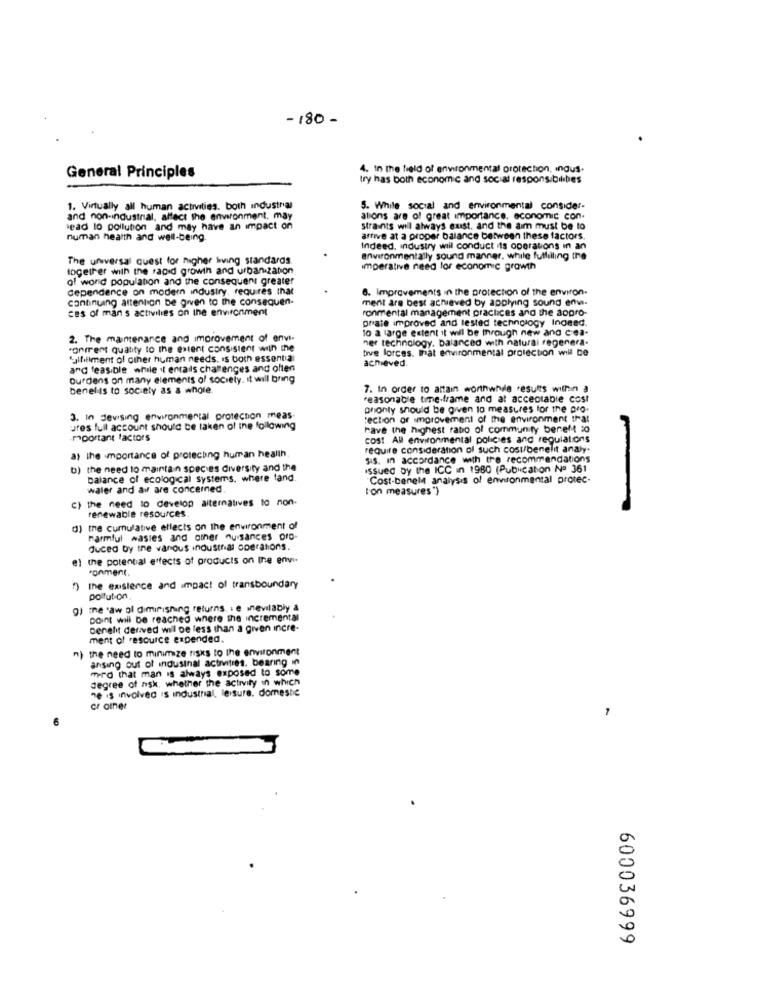
-180 -
4. In the field of environmental protection, indus-
General Principles
try has both economic and social responsibilbes
1. Virtually all human activities. both industrial
5. While social and environmental consider.
and non-industrial, affect the environment, may
ations are of great importance. economic con.
sead to pollution and may have an impact on
straints will always exist. and the aim must be to
numan health and well-being.
arrive at a proper balance between these factors.
Indeed, industry will conduct its operations in an
The universal quest for higher living standards
environmentally sound manner. while fulfilling the
together with the rapid growth and urbanization
Imperative need for economic growth
of wond population and the consequent greater
dependence on modern industry, requires that
6. Improvements in the protection of the environ-
continuing attention be given to the consequen-
ment are best achieved by applying sound enw.
ces of man s activities on the environment
ronmental management practices and the dopro-
orate improved and tested technology Indeed.
lo a large extent it will be through new and ciea-
2. The maintenance and improvement of envi-
ner technology. balanced with natural regenera.
conment quality to the extent consistent with the
bve forces. that environmental protection will be
ment of other human needs. Is both essential
achieved.
and feasible while it entails challenges and often
Ourdens on many elements of society. it will bring
Denel-is to society as a whole.
7. In order to attain worthwhile results within a
reasonable time-frame and at acceptable cost
phonty should be given to measures for the pro-
3. in devising environmental protection meas-
section of improvement of the environment that
ures full account should be taken of the following
have the highest rabo of community bereM so
moortant factors
cost All environmental policies and regulations
require consideration of such cost/benelit analy.
a) the importance of protecting human health
sis. In accordance with tre recommendations
b) the need to maintain species diversity and the
Issued by the ICC in 1980 (Publication Nº 361
balance of ecological systems. where land.
"Cost-benel analysis of environmental protec-
water and al are concerned.
ton measures ')
C) the need to develop alternatives to non-
renewable resources
d) the cumulative etlects on the environment of
harmful wasles and other nuisances oro-
duced by the vanous industrial operations.
the potential effects of products on Ine envi-
ronment.
f) the existence and impact of transboundary
pollution
g) ine 'aw gl diminishing returns . e inevitably a
point will be reached where the incremental
Denelit derived will be less than a given incre-
ment of resource expended.
n) the need to minimize risks to the environment
ansing out of indusinal activities. bearing in
merd that man is always exposed to some
degree of nisk, whether the activity in which
76 is involved is industrial, leisure. domestic
crainer
-
600036999